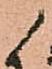
候